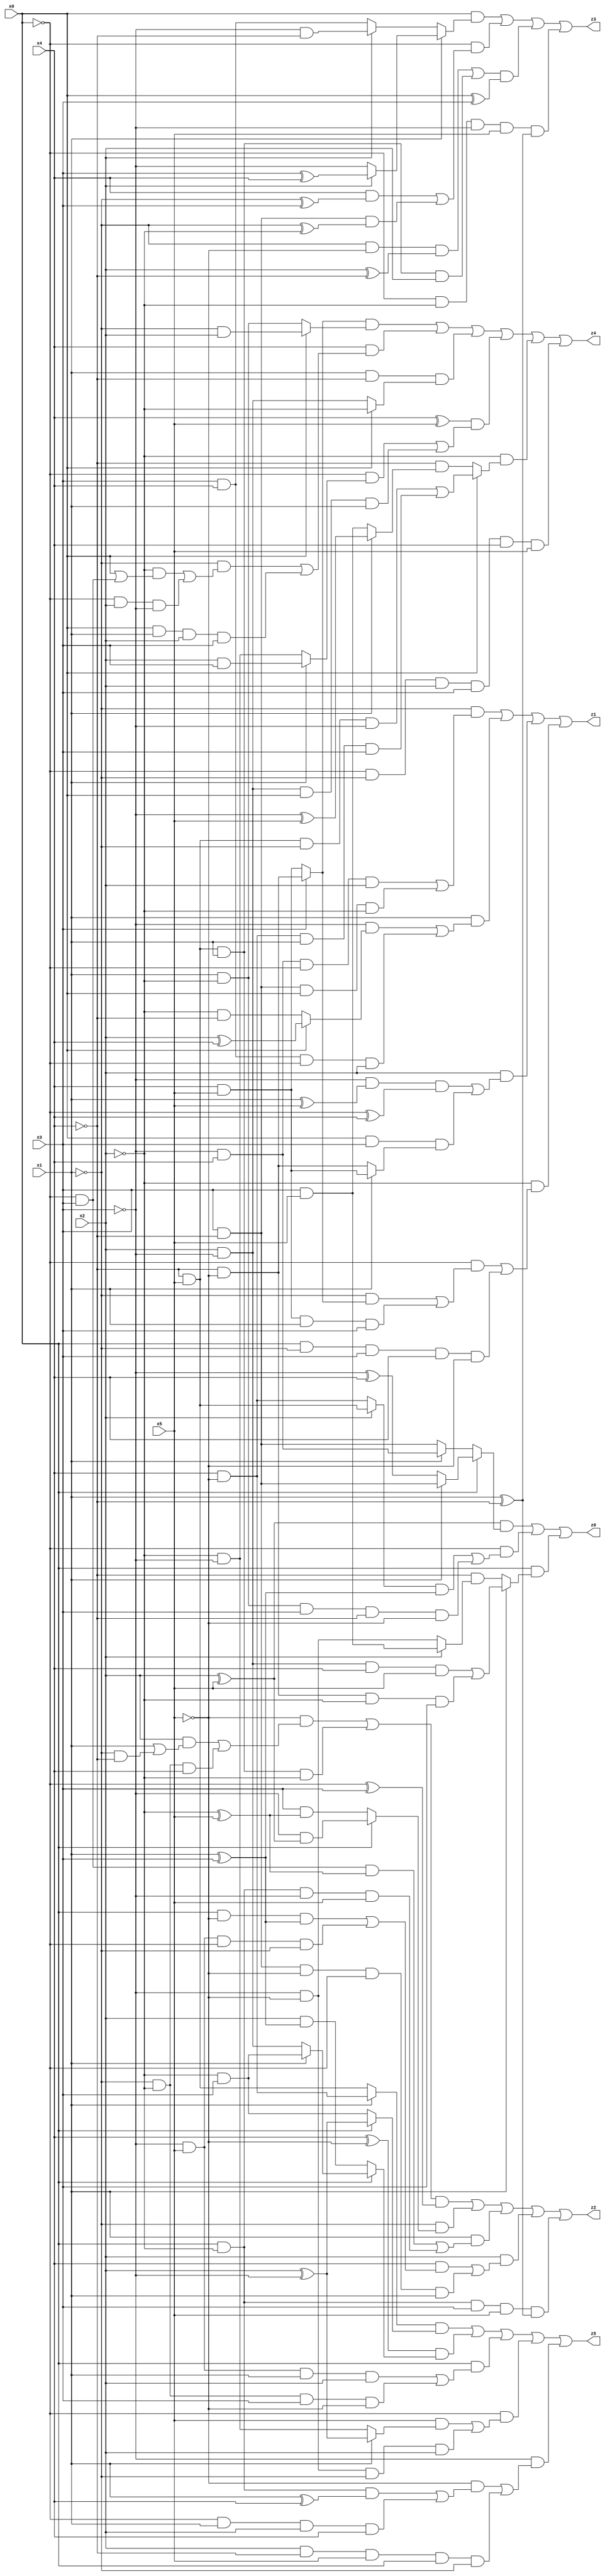
// Benchmark "X_49" written by ABC on Thu Jun 29 03:20:05 2023

module X_49 ( 
    x0, x1, x2, x3, x4, x5,
    z0, z1, z2, z3, z4, z5  );
  input  x0, x1, x2, x3, x4, x5;
  output z0, z1, z2, z3, z4, z5;
  assign z0 = ((x2 ^ x5) & (x0 ? (x1 ? (x3 & ~x4) : (~x3 ^ x4)) : (x1 ? (~x3 & x4) : (x3 & ~x4)))) | (~x0 & (((x2 ? (~x4 & x5) : (x4 & ~x5)) & (x1 ^ x3)) | (x1 & ~x2 & x3 & ~x4 & ~x5))) | (x0 & (x1 ? ((x2 & ~x3 & x4 & x5) | (~x4 & ~x5 & ~x2 & x3)) : (~x4 & (x2 ? (x3 & x5) : (~x3 & ~x5)))));
  assign z1 = (~x1 & ((~x3 & x4 & ~x0 & x2) | (x3 & ~x4 & x0 & ~x2))) | (x1 & ((~x3 & (x0 ? (x2 ^ x4) : (~x2 & ~x4))) | (x3 & x4 & ~x0 & x2))) | (x2 & ((~x3 & (x1 ^ x5) & (~x0 ^ x4)) | (x0 & x3 & (x1 ? (x4 & x5) : (~x4 & ~x5))))) | (~x2 & ((~x0 & ((~x1 & (x3 ? (~x4 & ~x5) : (x4 & x5))) | (x4 & x5 & x1 & x3))) | (x0 & ~x1 & x3 & x4 & ~x5)));
  assign z2 = (((~x5 & ((x2 & (x1 | (~x1 & ~x4))) | (~x1 & ~x2 & x4))) | (~x4 & x5 & x1 & ~x2)) & (~x0 ^ x3)) | (~x1 & (x0 ? (~x3 & (x2 ^ x5)) : (x3 & (~x2 ^ x5)))) | (x1 & ((~x0 & x3 & (~x2 ^ x5)) | (x0 & ~x2 & ~x3 & x5))) | (x2 & ((x4 & ((x0 & ~x5 & (x1 ^ x3)) | (~x3 & x5 & ~x0 & ~x1))) | (x3 & ~x4 & ~x5 & ~x0 & x1))) | (x0 & ~x2 & x3 & x5 & (x1 ^ ~x4));
  assign z3 = (x0 & (x1 ? (x2 ? (x3 ^ x4) : ~x3) : (x2 ? (~x3 & ~x4) : (x3 & x4)))) | (~x0 & ((x4 & (~x1 ^ x3)) | (x3 & ~x4 & (~x1 ^ ~x2)))) | (((~x1 & ~x5 & (x2 ^ ~x4)) | (~x4 & x5 & x1 & x2)) & (x0 ^ x3)) | (~x0 & ~x2 & ~x3 & x5 & (x1 ^ ~x4));
  assign z4 = ((x3 ? (~x4 & ~x5) : (x4 & x5)) & (x0 ? (~x1 & x2) : (x1 & ~x2))) | (x4 & ((~x1 & ((~x2 & (x0 | (~x0 & x3))) | (~x0 & x2 & ~x3))) | (x0 & x1 & x2 & x3))) | (x1 & ~x4 & (x0 ? ~x2 : (x2 & ~x3))) | ((x4 ^ x5) & ((~x0 & (x1 ? (x2 & x3) : (~x2 & ~x3))) | (x2 & ~x3 & x0 & x1))) | (~x2 & (x0 ? ((~x4 & x5 & ~x1 & ~x3) | (x4 & ~x5 & x1 & x3)) : (~x4 & (x1 ? (~x3 ^ x5) : (x3 & x5))))) | (~x0 & ~x1 & x2 & x3 & x4 & x5);
  assign z5 = ((x1 ? (x4 & ~x5) : (~x4 & x5)) & (x0 ? (x2 ^ ~x3) : (~x2 & x3))) | ((x4 ^ ~x5) & (x0 ? (x1 ? (~x2 & x3) : (x2 & ~x3)) : (x2 & (x1 ^ x3)))) | (x0 & ((~x3 & x5 & x1 & x2) | (~x1 & ~x2 & x3 & ~x5))) | (~x0 & ((x5 & (x1 ? (x2 ^ ~x3) : (~x2 & ~x3))) | (~x3 & ~x5 & ~x1 & x2))) | (~x3 & ((~x5 & ((x0 & ~x2 & (x1 ^ x4)) | (~x0 & x1 & x2 & x4))) | (x2 & ~x4 & x5 & x0 & ~x1)));
endmodule